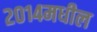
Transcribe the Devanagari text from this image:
२०१४मधील